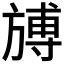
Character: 𣄎